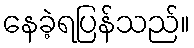
နေခဲ့ရပြန်သည်။